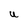
Character: U